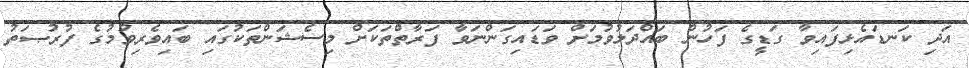
އަދި ކަނޑައެޅިފައިވާ ގަޑީގެ ފަހުން ބައްދަލުވުމަށް ވަޑައިގަންނަވާ ފަރާތްތަކަށް މިސެޝަންތަކުގައި ބައިވެރިވުމުގެ ފުރުޞަތު